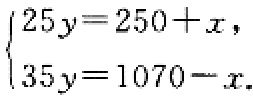
$\begin{cases}25y = 250 + x,\\35y = 1070 - x.\end{cases}$